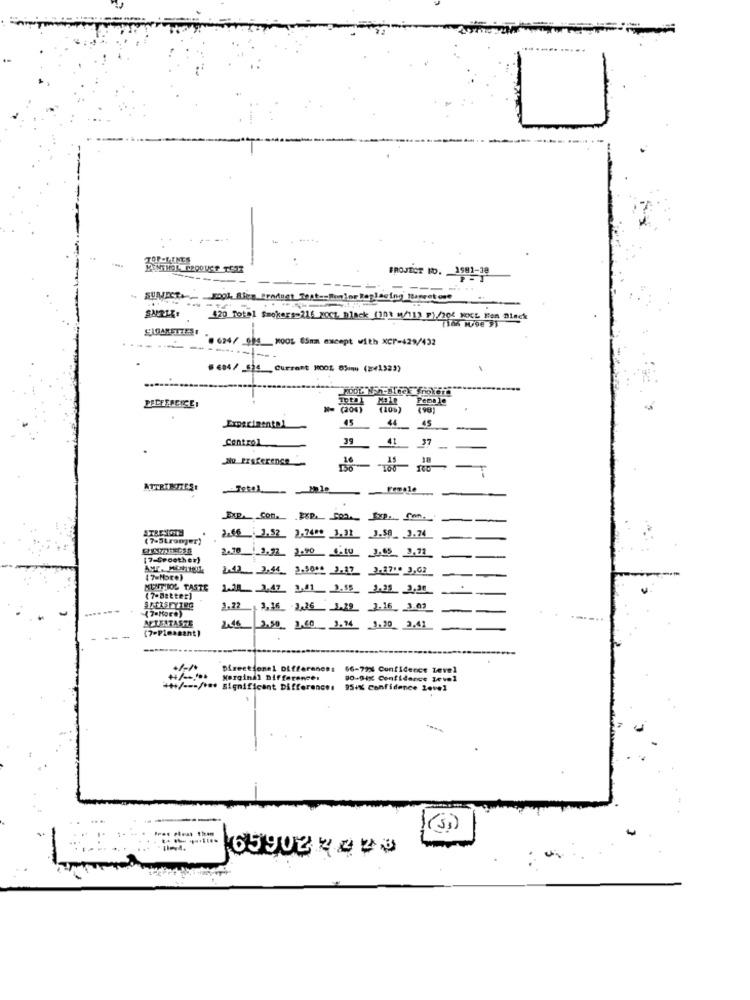
TOP -LINES
PROJECT MO. 1981-38
SUMJECT. 8001 8
Book, Blea Product That -- Humlor Replacing lagret one
SURLE:
120 Total Smokers-216 Post Black (103 4/113 F)/204 ROCE Wan Black
CIGARETTES
0 624/ GPS KOOL 85mm except with XCP-429/432
-1 ---
# 604/ 524 Current 100% Dimm (24132)
DDL Non-Bleck cholera
PELFEREICE:
(204)
(10%)
Experimental
45
44
45
Control
41
37
Su FISKerence
15
18
ATTRINTIES
Exp. Com. PYP. 5PX.Exp. Can.
-
(7-Stronger)
2,66 3,52_ 3,7409 3.31 1.59_3.74
[7-Groother)
2.70 | 3,71_ 2.90 0.0 3.653,71
2.42 . 2,44_ 3.5014 3.17 3.87"" 3,63
KUNTIJOL TASTE
(7-Batter]
(7-More)
3.22 3,16 3,26 1.29 3.16 3.03
AETZATASTE
(7-Pleasant)
S_2.50 3,60 3.14 3.30 3.41
Directionel Diffe
66-79% Confidence Level
++/ -****
Mergindi Differences
DO-D4% Confidence Level
+++/ --- / *** Significant Differences
95+% Confidence Low1
65902 74 23